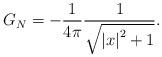
LaTeX: \begin{align*}G_{N}=-\frac{1}{4\pi }\frac{1}{\sqrt{\left\vert x\right\vert ^{2}+1}}.\end{align*}